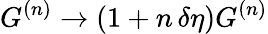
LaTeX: G^{(n)}\to(1+n\, \delta\eta)G^{(n)}